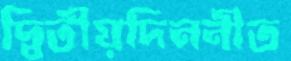
দ্বিতীয়দিননীত